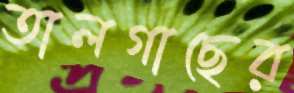
তালগাছের